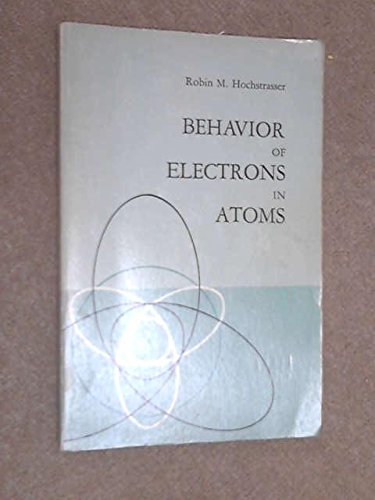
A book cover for Behavior of Electrons in Atoms. Structure, Spectra, and Photochemistry of Atoms; ROBIN M. HOCHSTRASSER; Science & Math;